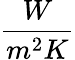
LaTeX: \frac{W}{m^{2}K}